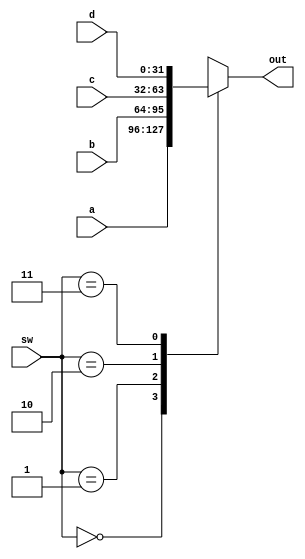
`timescale 1ns / 1ps
//////////////////////////////////////////////////////////////////////////////////
// Company: 
// Engineer: 
// 
// Design Name: 
// Module Name:    Mux4to1 
// Project Name: 
// Target Devices: 
// Tool versions: 
// Description: 
//
// Dependencies: 
//
// Revision: 
// Revision 0.01 - File Created
// Additional Comments: 
//
//////////////////////////////////////////////////////////////////////////////////
module Mux4to1(
    input [31:0]a,
    input [31:0]b,
	 input [31:0]c,
	 input [31:0]d,
    input [1:0]sw,
    output reg [31:0]out
    );
always@(*)
begin
	case(sw)
		2'b00:	out<=a;
		2'b01:	out<=b;
		2'b10:	out<=c;
		2'b11:	out<=d;
		default: out<=32'b0;
	endcase
end
endmodule